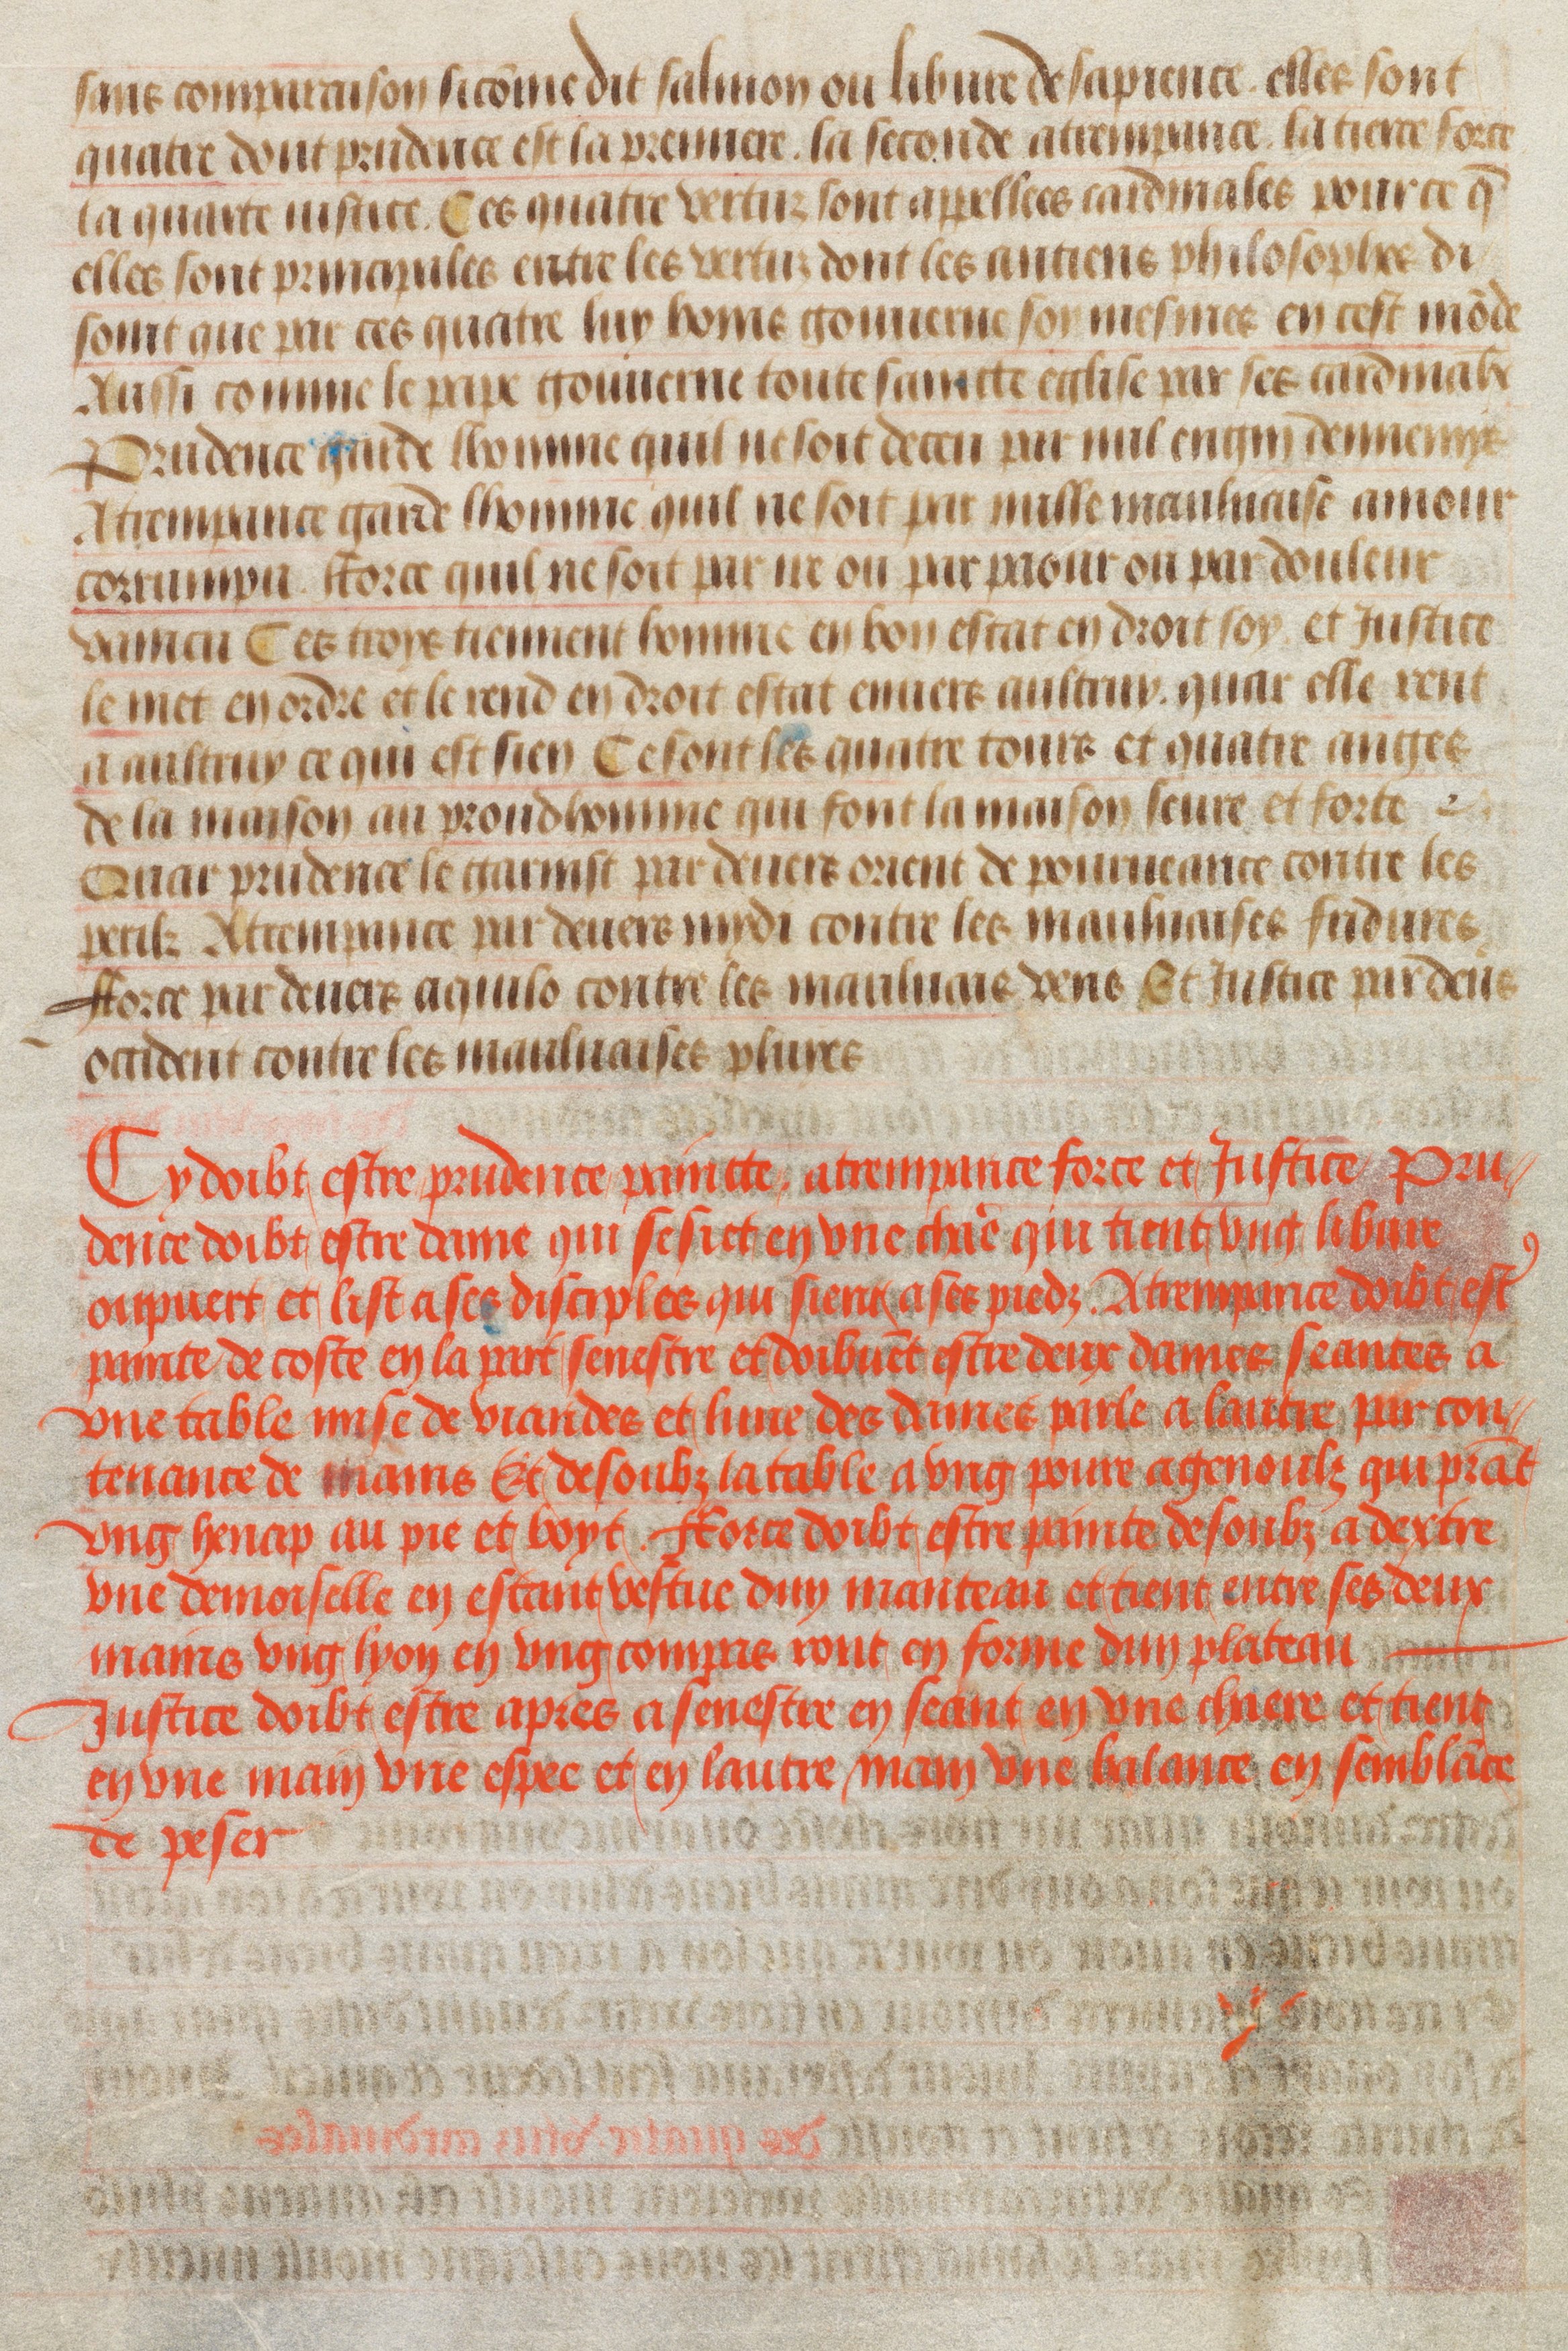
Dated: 1450–1475